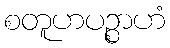
စတူဟပဉ္စာဟံ